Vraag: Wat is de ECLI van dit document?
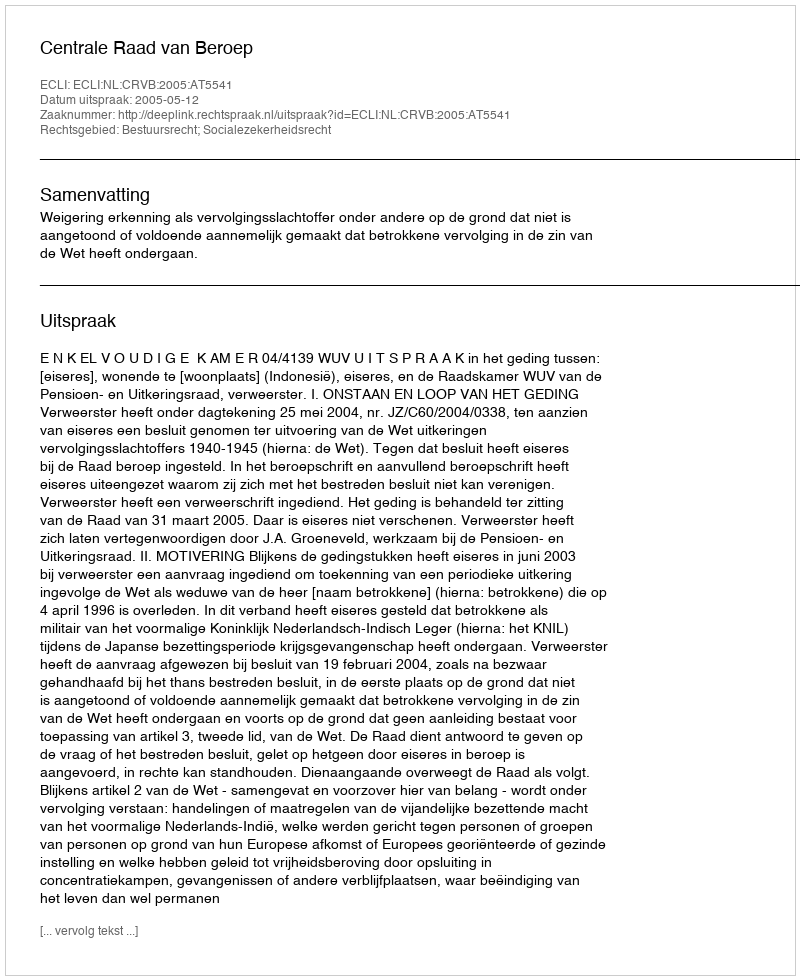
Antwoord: ECLI:NL:CRVB:2005:AT5541